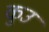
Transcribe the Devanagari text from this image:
कुउ